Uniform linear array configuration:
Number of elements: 4
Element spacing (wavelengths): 0.75
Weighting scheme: kaiser
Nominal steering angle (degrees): -60
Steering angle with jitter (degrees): -59.695
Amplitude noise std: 0.05
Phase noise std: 0.05

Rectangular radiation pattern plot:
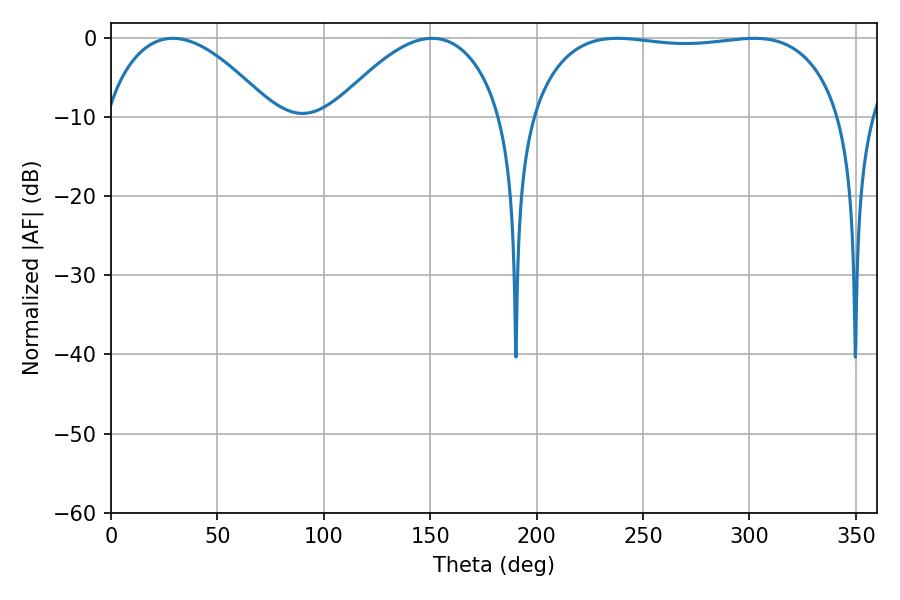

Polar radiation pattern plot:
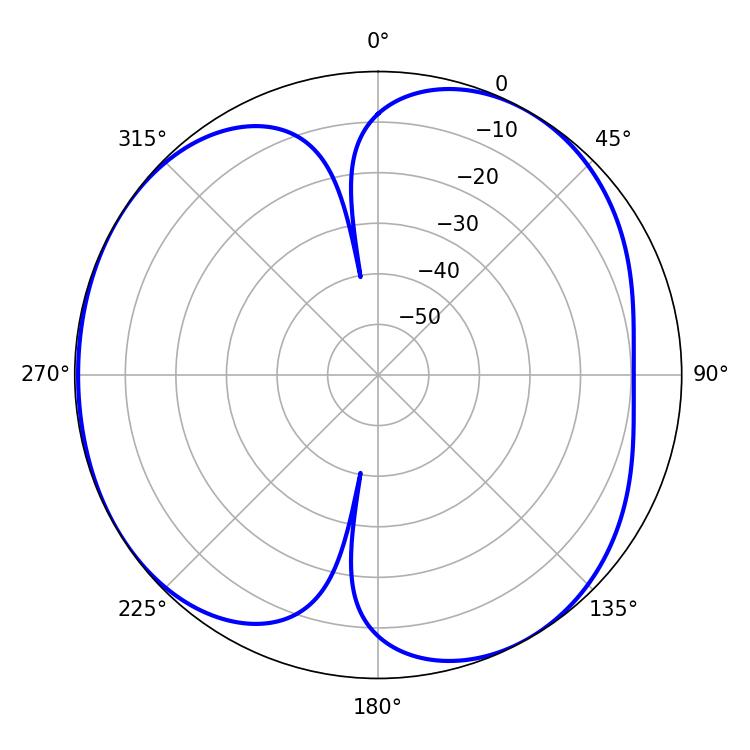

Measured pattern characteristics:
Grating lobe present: TRUE
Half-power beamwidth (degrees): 43.74
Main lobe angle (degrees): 29.16